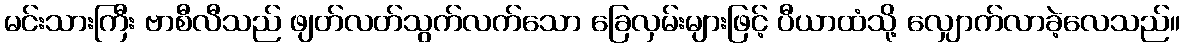
မင်းသားကြီး ဗာစီလီသည် ဖျတ်လတ်သွက်လက်သော ခြေလှမ်းများဖြင့် ပီယာထံသို့ လျှောက်လာခဲ့လေသည်။